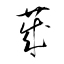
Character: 荿